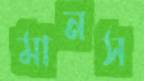
মানস